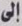
إلى